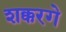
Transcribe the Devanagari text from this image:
शक्करगे